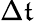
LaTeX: \Delta\mathfrak{t}